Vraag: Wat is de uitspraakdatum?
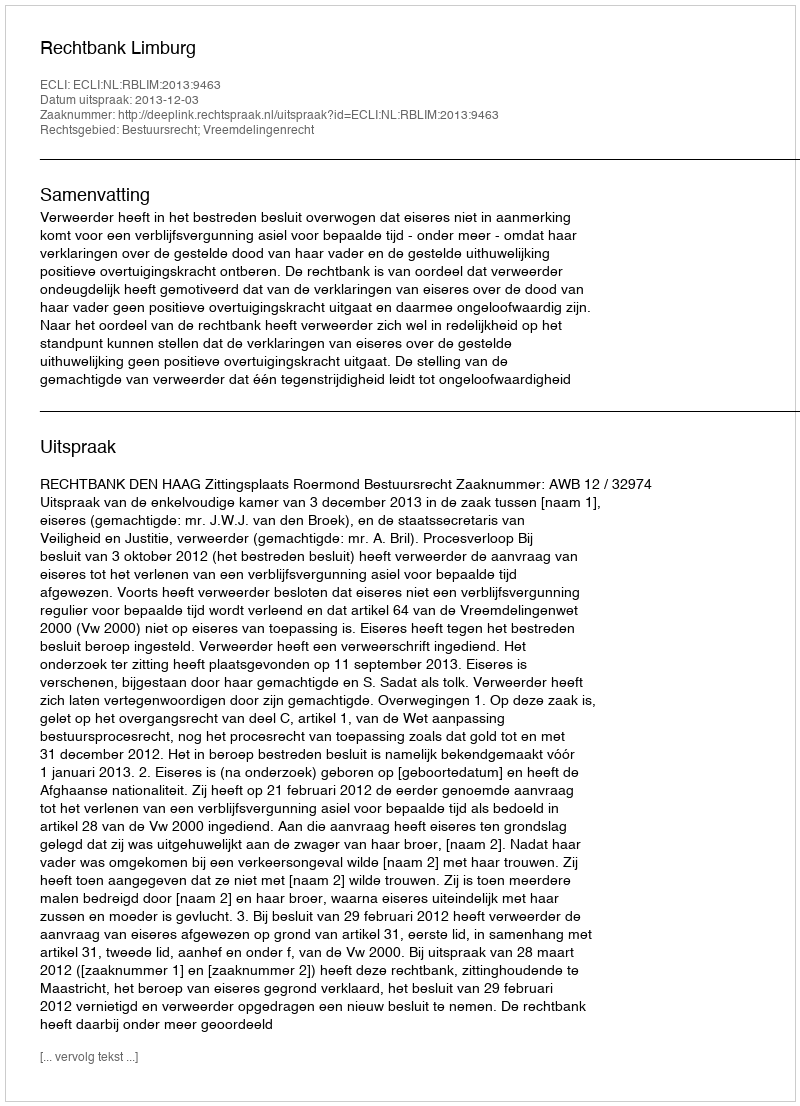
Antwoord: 2013-12-03